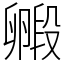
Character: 毈